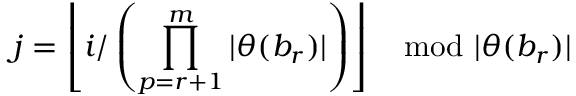
j = \left\lfloor i / \left( \prod _ { p = r + 1 } ^ { m } | \theta ( b _ { r } ) | \right) \right\rfloor \mod | \theta ( b _ { r } ) |